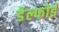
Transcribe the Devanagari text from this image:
डेल्फोई